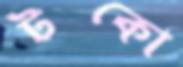
টকো